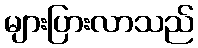
များပြားလာသည်